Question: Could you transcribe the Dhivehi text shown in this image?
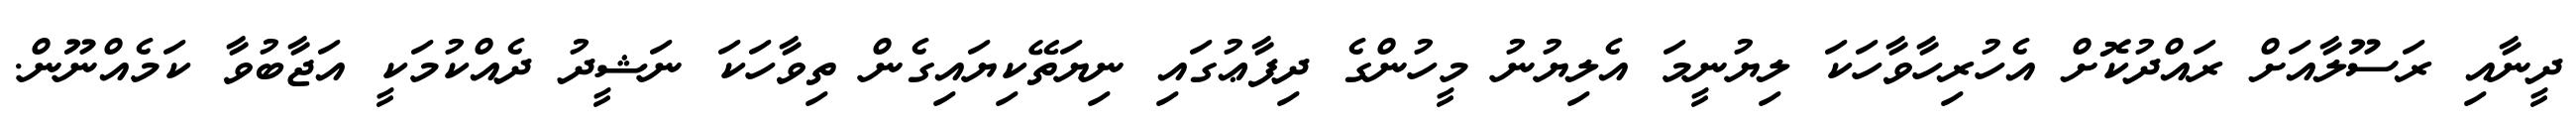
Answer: ދީނާއި ރަސޫލާއަށް ރައްދުކޮށް އެހުރިހާވާހަކަ ލިޔުނީމަ އެލިޔުނު މީހުންގެ ދިފާޢުގައި ނިޔަތޭކިޔައިގެން ތިވާހަކަ ނަޝީދު ދެއްކުމަކީ އަޖާބުވާ ކަމެއްނޫން.